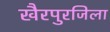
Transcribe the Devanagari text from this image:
खैरपुरजिला